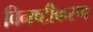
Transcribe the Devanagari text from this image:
विनष्टीकरण